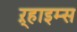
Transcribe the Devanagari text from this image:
ऱ्हाइम्स